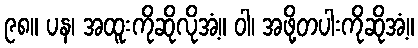
၉၈။ ပန၊ အထူးကိုဆိုလိုအံ့။ ဝါ၊ အဖို့တပါးကိုဆိုအံ့။